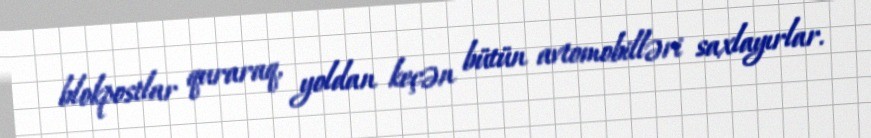
blokpostlar quraraq, yoldan keçən bütün avtomobilləri saxlayırlar.